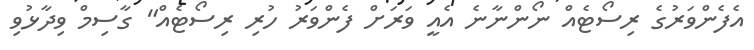
އެފެންވަރުގެ ރިސޯޓެއް ނޯންނާނެ އެއީ ވަރަށް ފެންވަރު ހުރި ރިސޯޓެއް" ގާސިމް ވިދާޅުވި